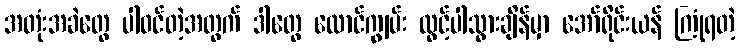
အတုံးအခဲတွေ ပါဝင်တဲ့အတွက် ဒါတွေ လောင်ကျွမ်း လွင့်ပါသွားချိန်မှာ အော်ရိုင်းယန် ကြုံရတဲ့